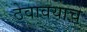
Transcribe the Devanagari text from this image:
ठेवावयाचे